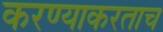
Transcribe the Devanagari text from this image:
करण्याकरताच